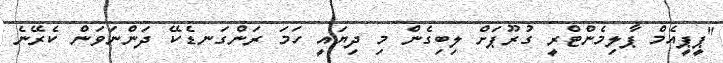
"ޕީޕީއެމް ޕާލިމެންޓްރީ ގުރޫޕަށް ލިބިގެން މި ދިޔައީ ހަމަ ރަންގަނޑެކޭ ދަންނަވަން ކެރޭނެ